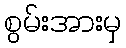
စွမ်းအားမှ